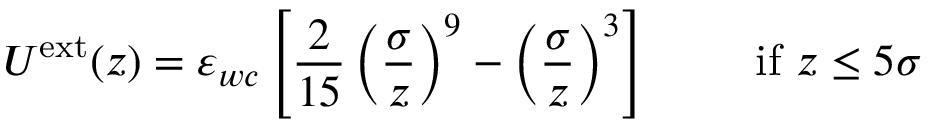
U ^ { \mathrm { e x t } } ( z ) = \varepsilon _ { w c } \left[ \frac { 2 } { 1 5 } \left( \frac { \sigma } { z } \right) ^ { 9 } - \left( \frac { \sigma } { z } \right) ^ { 3 } \right] ~ ~ ~ ~ ~ ~ ~ \mathrm { i f ~ } z \leq 5 \sigma